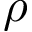
\rho